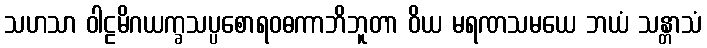
သဟသာ ဝါဠမိဂယက္ခသပ္ပစောရဝဓကာဘိဘူတာ ဝိယ မရဏသမယေ ဘယံ သန္တာသံ